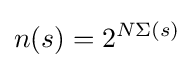
n(s)=2^{N\Sigma (s)}